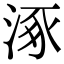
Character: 涿